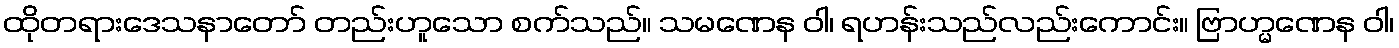
ထိုတရားဒေသနာတော် တည်းဟူသော စက်သည်။ သမဏေန ဝါ၊ ရဟန်းသည်လည်းကောင်း။ ဗြာဟ္မဏေန ဝါ၊